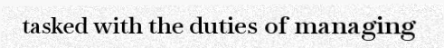
tasked with the duties of managing